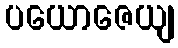
ပယောဇေယျ